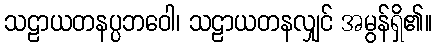
သဠာယတနပ္ပဘဝေါ၊ သဠာယတနလျှင် အမွန်ရှိ၏။